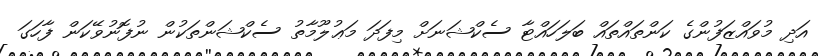
އަދި މުވައްޒަފުންގެ ކަންތައްތައް ބަލަހައްޓާ ސެކްޝަނަށް މިފަދަ މަޢުލޫމާތު ސެކްޝަންތަކުން ނުފޮނުވޭކަން ފާހަގަ